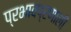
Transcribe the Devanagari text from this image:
प्रभावप्रणाली